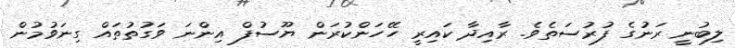
ލިބުނީ ރަނުގެ ފުރުސަތެވެ. ރާއިދާ ކައިރީ ހޭހަންކުރަން ޔޫސުފް އިންނަ ވަގުތުތައް ގިނަވުމުން